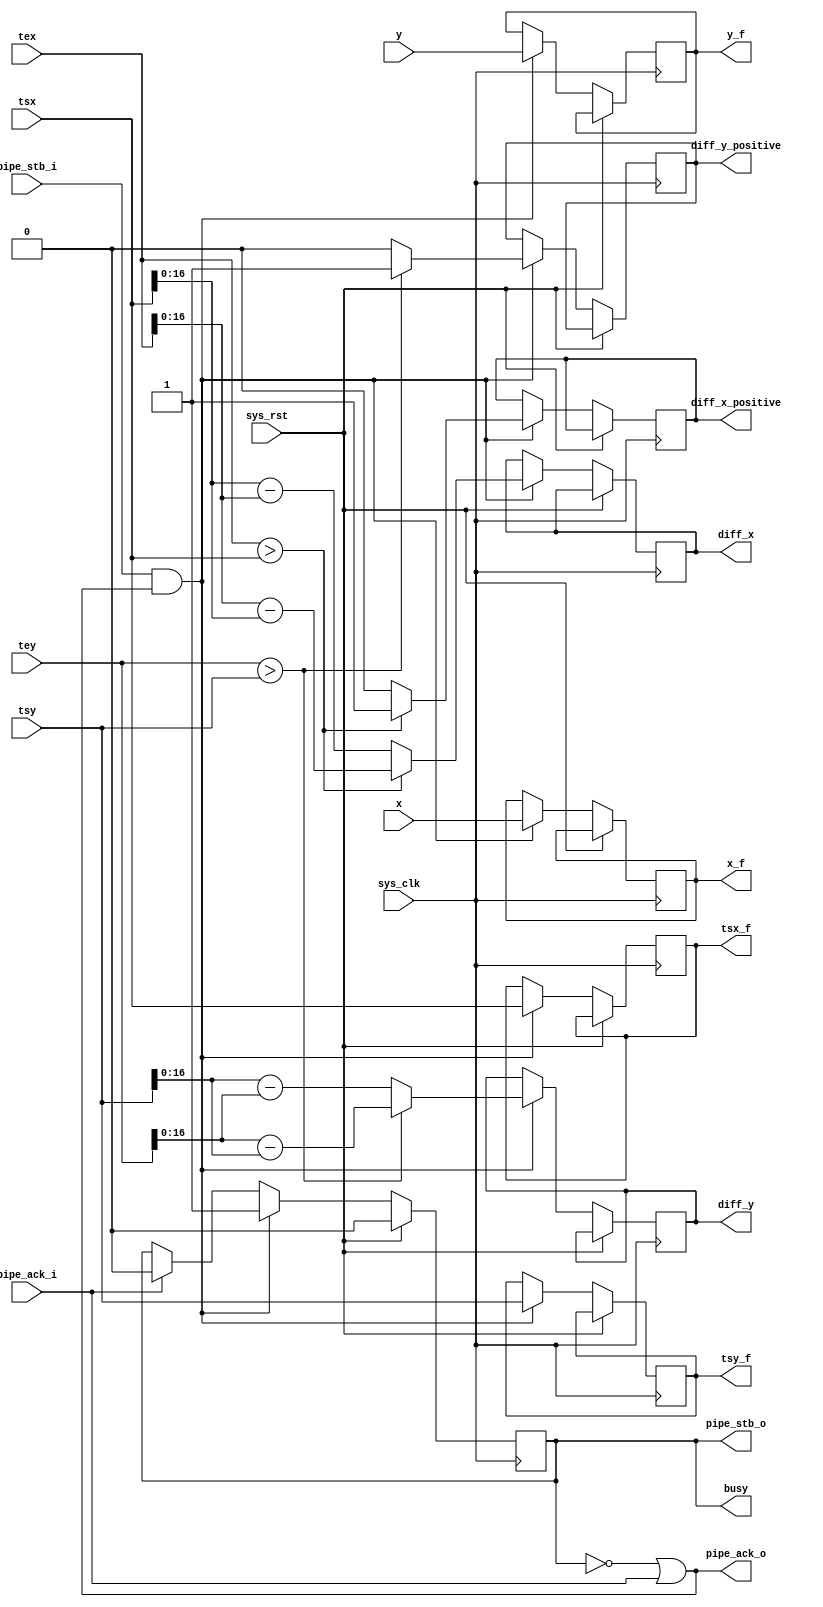
/*
 * Milkymist SoC
 * Copyright (C) 2007, 2008, 2009, 2010 Sebastien Bourdeauducq
 *
 * This program is free software: you can redistribute it and/or modify
 * it under the terms of the GNU General Public License as published by
 * the Free Software Foundation, version 3 of the License.
 *
 * This program is distributed in the hope that it will be useful,
 * but WITHOUT ANY WARRANTY; without even the implied warranty of
 * MERCHANTABILITY or FITNESS FOR A PARTICULAR PURPOSE.  See the
 * GNU General Public License for more details.
 *
 * You should have received a copy of the GNU General Public License
 * along with this program.  If not, see <http://www.gnu.org/licenses/>.
 */

module tmu2_hdivops(
	input sys_clk,
	input sys_rst,

	output busy,

	input pipe_stb_i,
	output pipe_ack_o,
	input signed [11:0] x,
	input signed [11:0] y,
	input signed [17:0] tsx,
	input signed [17:0] tsy,
	input signed [17:0] tex,
	input signed [17:0] tey,

	output reg pipe_stb_o,
	input pipe_ack_i,
	output reg signed [11:0] x_f,
	output reg signed [11:0] y_f,
	output reg signed [17:0] tsx_f,
	output reg signed [17:0] tsy_f,
	output reg diff_x_positive,
	output reg [16:0] diff_x,
	output reg diff_y_positive,
	output reg [16:0] diff_y
);

always @(posedge sys_clk) begin
	if(sys_rst)
		pipe_stb_o <= 1'b0;
	else begin
		if(pipe_ack_i)
			pipe_stb_o <= 1'b0;
		if(pipe_stb_i & pipe_ack_o) begin
			pipe_stb_o <= 1'b1;
			if(tex > tsx) begin
				diff_x_positive <= 1'b1;
				diff_x <= tex - tsx;
			end else begin
				diff_x_positive <= 1'b0;
				diff_x <= tsx - tex;
			end
			if(tey > tsy) begin
				diff_y_positive <= 1'b1;
				diff_y <= tey - tsy;
			end else begin
				diff_y_positive <= 1'b0;
				diff_y <= tsy - tey;
			end
			x_f <= x;
			y_f <= y;
			tsx_f <= tsx;
			tsy_f <= tsy;
		end
	end
end

assign pipe_ack_o = ~pipe_stb_o | pipe_ack_i;

assign busy = pipe_stb_o;

endmodule